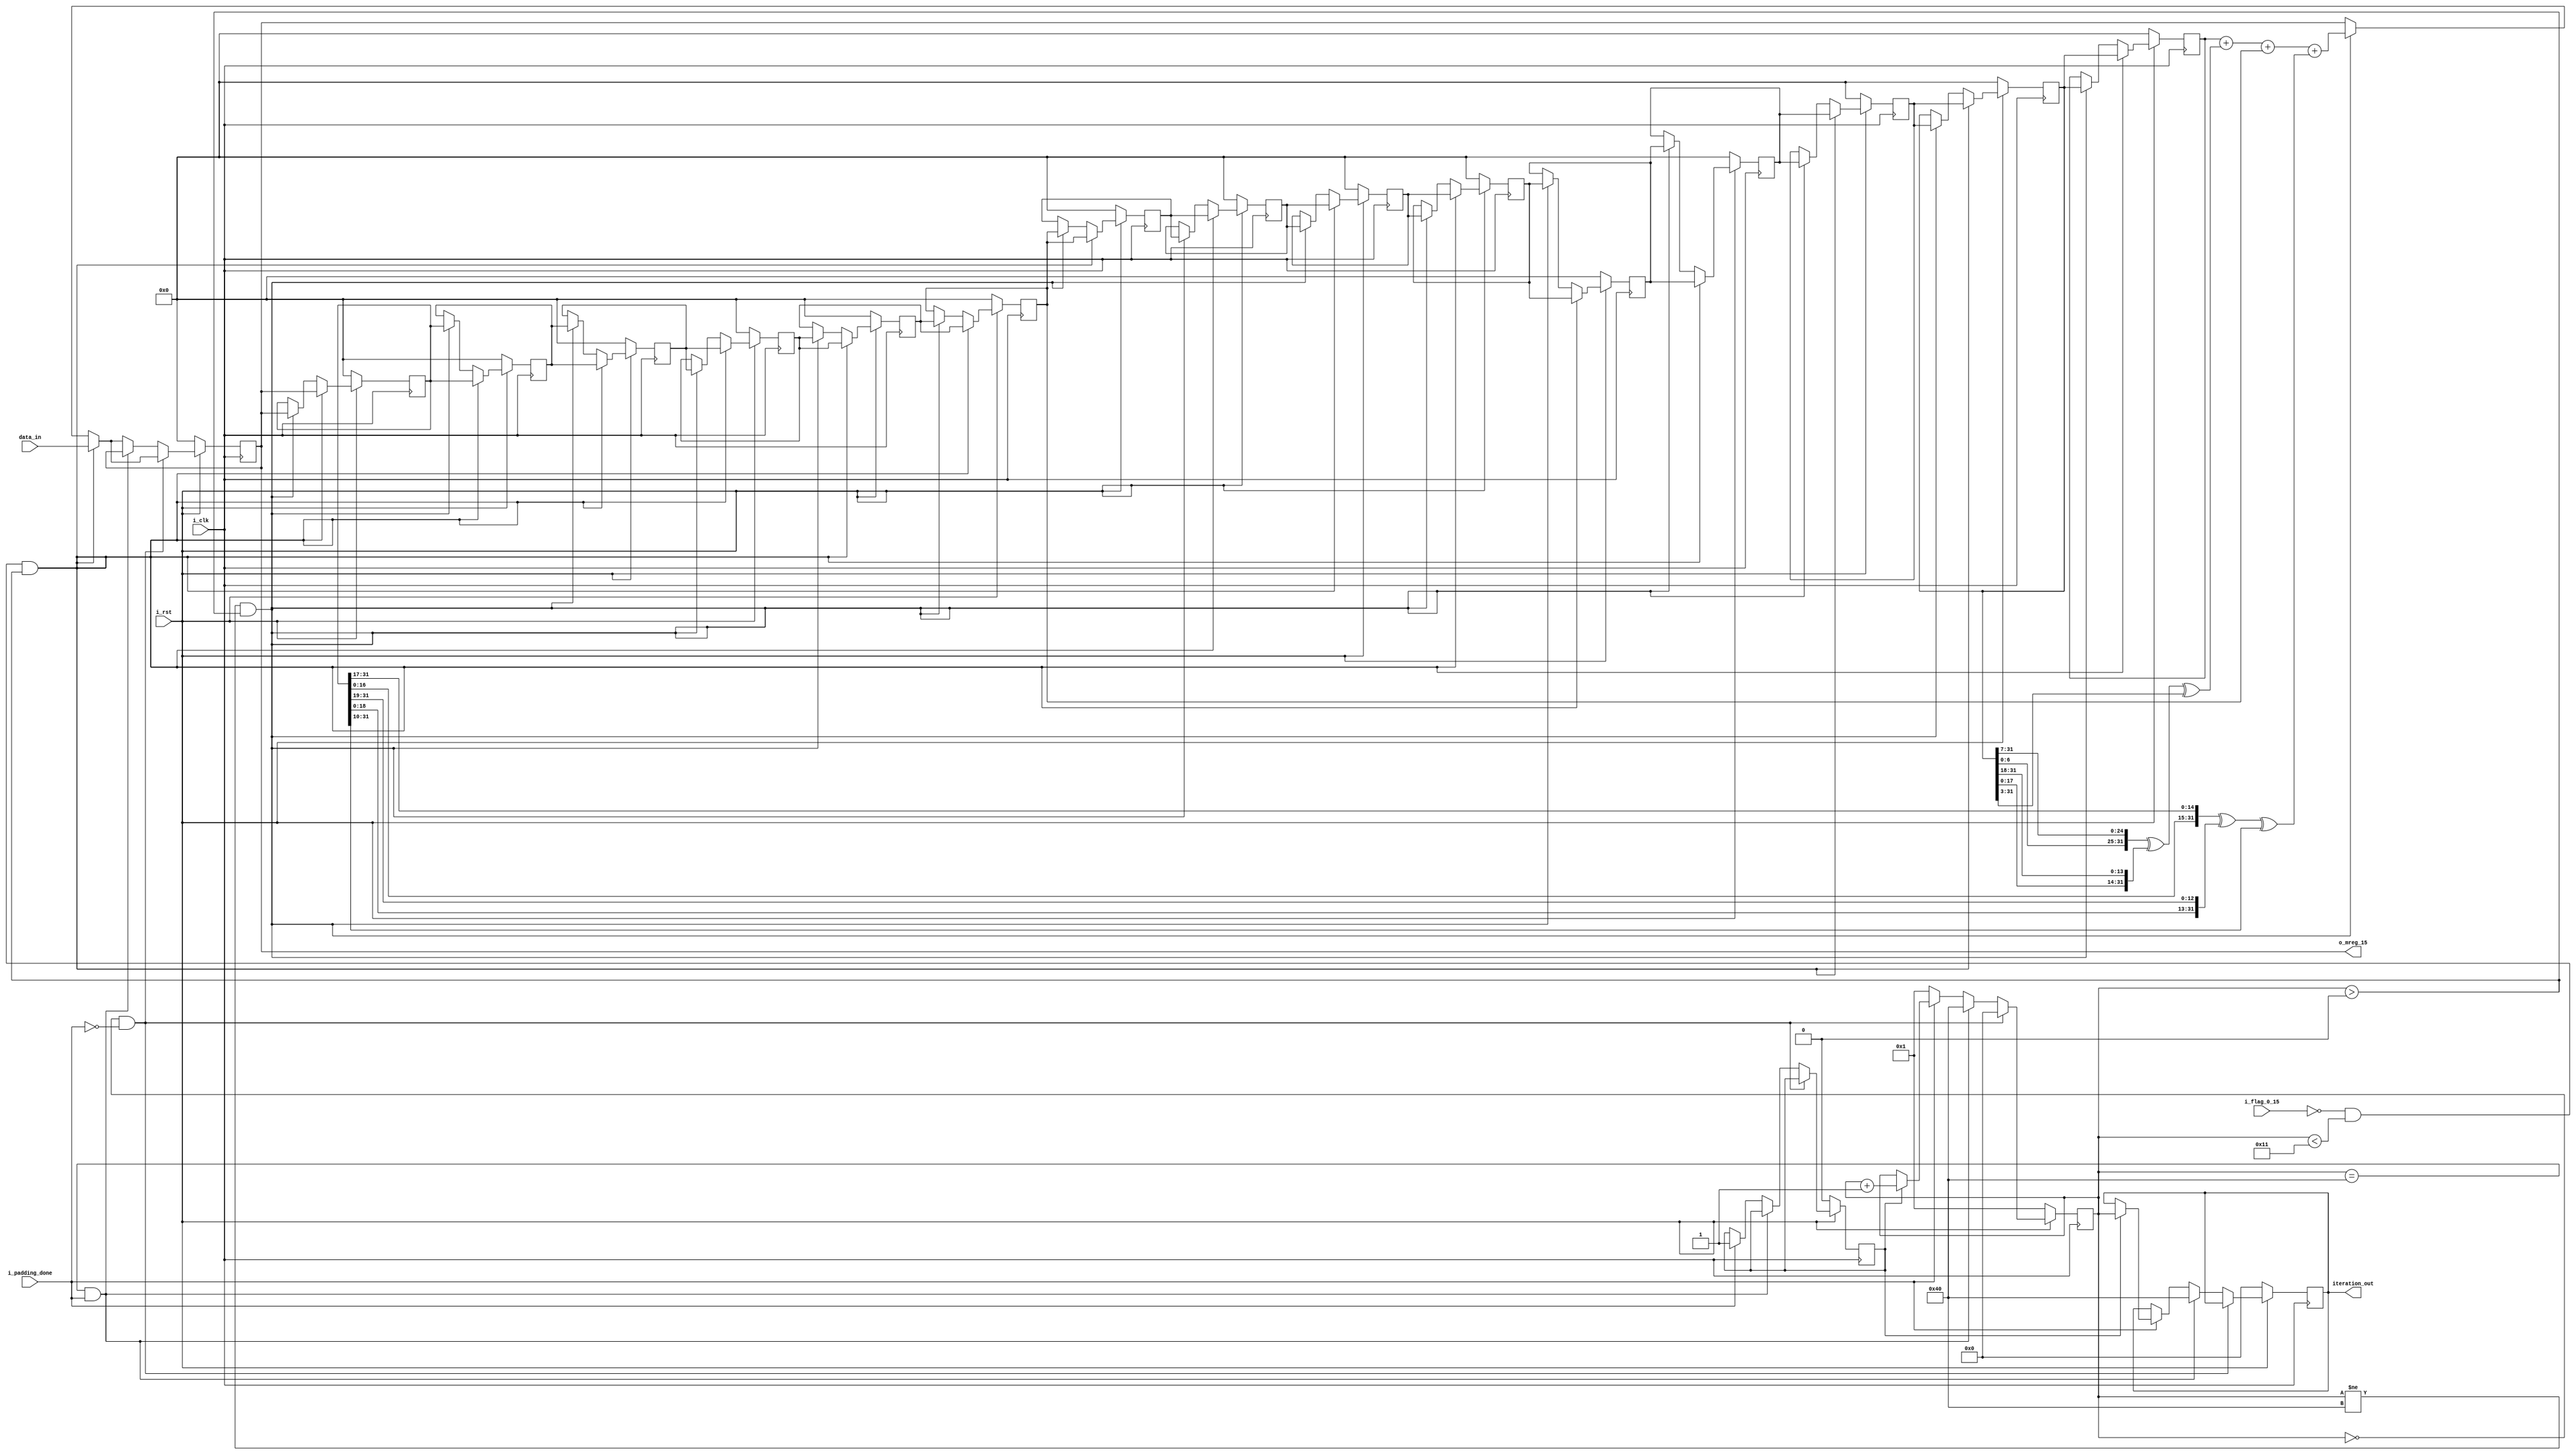
module m_scheduler(i_clk,i_rst,i_flag_0_15,i_padding_done,data_in,o_mreg_15,iteration_out); 
		
input i_clk,i_rst,i_flag_0_15,i_padding_done;
input [31:0] data_in;

output reg [31:0] o_mreg_15;
output reg [6:0] iteration_out;

reg temp_case;
reg [6:0] r_count;
reg [31:0] mreg_0,mreg_1,mreg_2,mreg_3,mreg_4,mreg_5,mreg_6,mreg_7,mreg_8,mreg_9,mreg_10,mreg_11,mreg_12,mreg_13,mreg_14;

wire [31:0] w_sigma_0,w_sigma_1,w_mreg15;

assign w_sigma_0=({mreg_1[6:0],mreg_1[31:7]} ^ {mreg_1[17:0],mreg_1[31:18]} ^ mreg_1[31:0]>>2'b11);
assign w_sigma_1=({mreg_14[16:0],mreg_14[31:17]} ^ {mreg_14[18:0],mreg_14[31:19]} ^ mreg_14[31:0]>>4'b1010);
assign w_mreg15=(mreg_0 + w_sigma_0 + mreg_9 + w_sigma_1);
always@(posedge i_clk)
begin
if(i_rst==0)
begin
	temp_case<=1'b0;
	iteration_out<=7'd0;
	r_count<=7'd1;
	o_mreg_15<=32'd0;
	mreg_14<=32'd0;
	mreg_13<=32'd0;
	mreg_12<=32'd0;
	mreg_11<=32'd0;
	mreg_10<=32'd0;
	mreg_9<=32'd0;
	mreg_8<=32'd0;
	mreg_7<=32'd0;
	mreg_6<=32'd0;
	mreg_5<=32'd0;
	mreg_4<=32'd0;
	mreg_3<=32'd0;
	mreg_2<=32'd0;
	mreg_1<=32'd0;
	mreg_0<=32'd0;
end
else
begin
	if(i_flag_0_15==0 && r_count<17 && r_count>0)
	begin
		o_mreg_15<=data_in;
		mreg_14<=o_mreg_15;
		mreg_13<=mreg_14;
		mreg_12<=mreg_13;
		mreg_11<=mreg_12;
		mreg_10<=mreg_11;
		mreg_9<=mreg_10;
		mreg_8<=mreg_9;
		mreg_7<=mreg_8;
		mreg_6<=mreg_7;
		mreg_5<=mreg_6;
		mreg_4<=mreg_5;
		mreg_3<=mreg_4;
		mreg_2<=mreg_3;
		mreg_1<=mreg_2;
		mreg_0<=mreg_1;
	end
	else				//i_flag_0_15==1 when all the 32 bit data_in from 32*16=512block has received
	begin
		if(r_count!=64 && r_count>0)
		begin
			o_mreg_15<=w_mreg15;
			mreg_14<=o_mreg_15;
			mreg_13<=mreg_14;
			mreg_12<=mreg_13;
			mreg_11<=mreg_12;
			mreg_10<=mreg_11;
			mreg_9<=mreg_10;
			mreg_8<=mreg_9;
			mreg_7<=mreg_8;
			mreg_6<=mreg_7;
			mreg_5<=mreg_6;
			mreg_4<=mreg_5;
			mreg_3<=mreg_4;
			mreg_2<=mreg_3;
			mreg_1<=mreg_2;
			mreg_0<=mreg_1;
		end
	end
	if(r_count==0 && i_padding_done==0)
	begin
		r_count<=7'd0;
	end
	else
	begin
		if(r_count==64 && i_padding_done==1)
		begin
		r_count<=7'd64;
		iteration_out<=7'd64;
		o_mreg_15<=o_mreg_15;
		end
		else
		begin
			if(i_padding_done==0)
			begin
			r_count<=7'd1;
			end
			else
			begin
			case(temp_case)
			1'b0: temp_case<=1'b1;
			1'b1: begin
					iteration_out<=r_count;
					r_count<=r_count+7'd1;
					end
			endcase
			end
		end
	end
end
end

endmodule